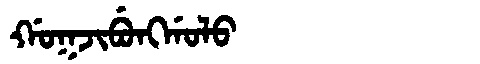
Manchu: ᡤᠣᡴᠵᡳᠪᡠᠩᡤᠣᠯᠣ
Romanization: GOKJIBUNGGOLO